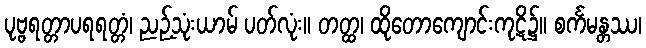
ပုဗ္ဗရတ္တာပရရတ္တံ၊ ညဉ့်သုံးယာမ် ပတ်လုံး။ တတ္ထ၊ ထိုတောကျောင်းကုဋိ၌။ စင်္ကမန္တဿ၊